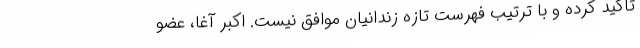
تاکید کرده و با ترتیب فهرست تازه زندانیان موافق نیست. اکبر آغا، عضو